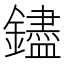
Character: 𬬗